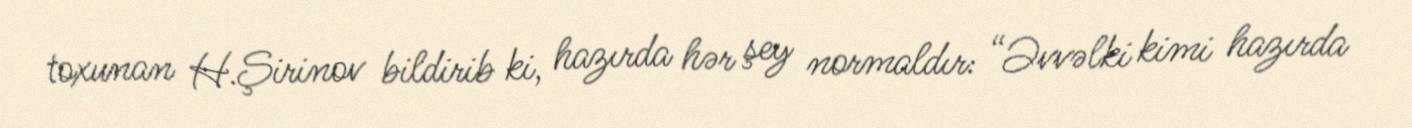
toxunan H.Şirinov bildirib ki, hazırda hər şey normaldır: “Əvvəlki kimi hazırda